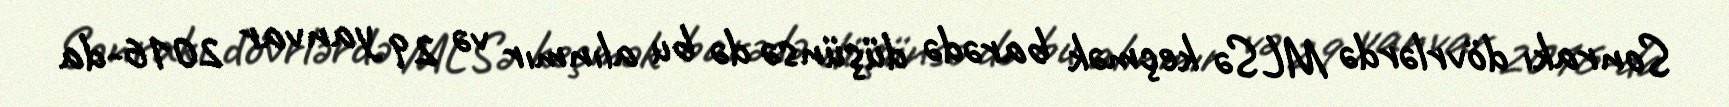
Sonrakı dövrlərdə MLSə keçmək barədə düşünsə də bu alınmır və 29 yanvar 2016-da